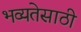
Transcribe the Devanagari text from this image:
भव्यतेसाठी